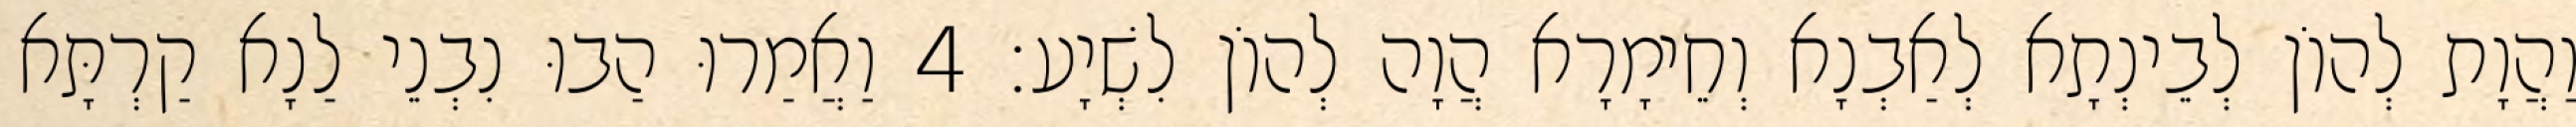
וַהֲוָת לְהוֹן לְבֵינְתָא לְאַבְנָא וְחֵימָרָא הֲוָה לְהוֹן לִשְׁיָע׃ 4 וַאֲמַרוּ הַבוּ נִבְנֵי לַנָא קַרְתָּא